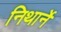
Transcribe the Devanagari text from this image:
निथार्ने